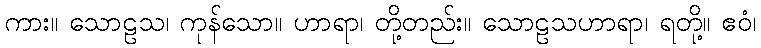
ကား။ သောဠသ၊ ကုန်သော။ ဟာရာ၊ တို့တည်း။ သောဠသဟာရာ၊ ရတို့။ ဧဝံ၊